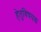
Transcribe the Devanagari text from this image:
हेतुविषयक